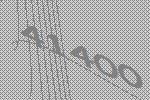
41400